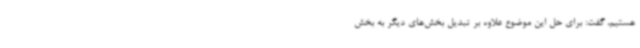
هستیم، گفت: برای حل این موضوع علاوه بر تبدیل بخش‌های دیگر به بخش